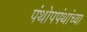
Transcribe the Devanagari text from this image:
पंथोपपंथांच्या